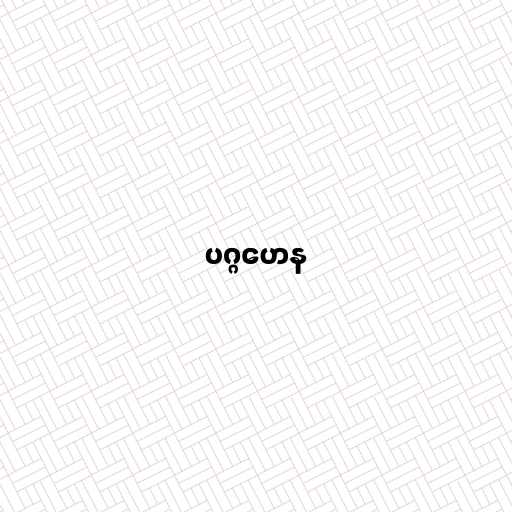
ပဂ္ဂဟေန